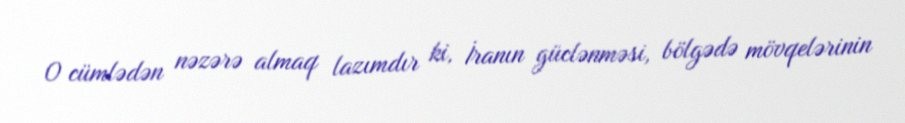
O cümlədən nəzərə almaq lazımdır ki, İranın güclənməsi, bölgədə mövqelərinin